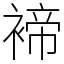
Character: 褅